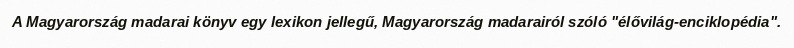
A Magyarország madarai könyv egy lexikon jellegű, Magyarország madarairól szóló "élővilág-enciklopédia".